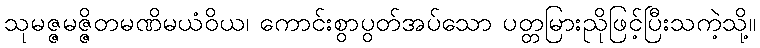
သုမဇ္ဇမဇ္ဇိတမဏိမယံဝိယ၊ ကောင်းစွာပွတ်အပ်သော ပတ္တမြားညိုဖြင့်ပြီးသကဲ့သို့။